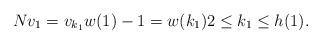
LaTeX: \begin{align*} Nv_1=v_{k_1}& w(1)-1=w(k_1) 2\leq k_1\leq h(1). \end{align*}